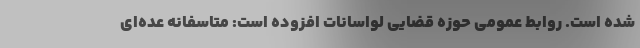
شده است. روابط عمومی حوزه قضایی لواسانات افزوده است: متاسفانه عده‌ای